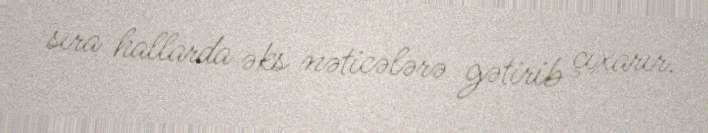
sıra hallarda əks nəticələrə gətirib çıxarır.